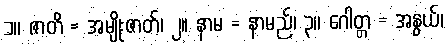
၁။ ဇာတိ = အမျိုးဇာတ်၊ ၂။ နာမ = နာမည်၊ ၃။ ဂေါတ္တ = အနွယ်၊